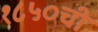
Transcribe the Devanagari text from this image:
१८५०ची